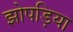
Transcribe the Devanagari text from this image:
झोपड़िया